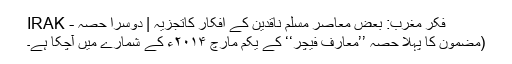
فکرِ مغرب: بعض معاصر مسلم ناقدین کے افکار کاتجزیہ | دوسرا حصہ - IRAK
(مضمون کا پہلا حصہ ’’معارف فیچر‘‘ کے یکم مارچ ۲۰۱۴ء کے شمارے میں آچکا ہے۔